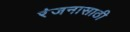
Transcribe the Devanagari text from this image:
रंजनासाठी